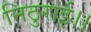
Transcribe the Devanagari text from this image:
निठुराई।।